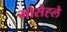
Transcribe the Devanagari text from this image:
मोसेह्ले